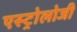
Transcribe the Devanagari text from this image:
एस्ट्रोलोजी